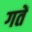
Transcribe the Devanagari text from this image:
गतें